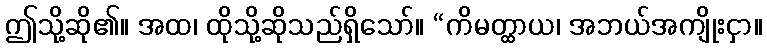
ဤသို့ဆို၏။ အထ၊ ထိုသို့ဆိုသည်ရှိသော်။ “ကိမတ္ထာယ၊ အဘယ်အကျိုးငှာ။